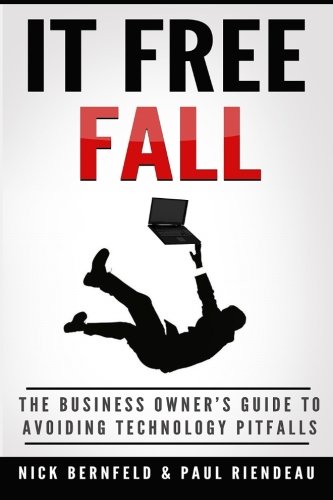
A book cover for IT Free Fall: The Business Owner's Guide To Avoiding Technology Pitfalls; Nick Bernfeld; Business & Money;